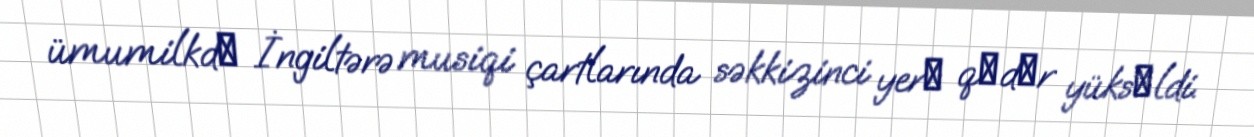
ümumilkdә İngiltərə musiqi çartlarında səkkizinci yerә qәdәr yüksәldi.